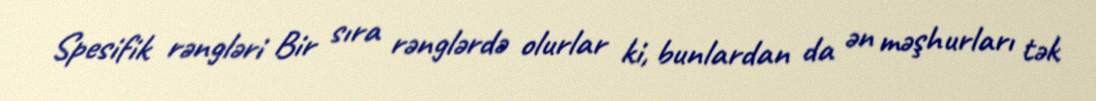
Spesifik rəngləri Bir sıra rənglərdə olurlar ki, bunlardan da ən məşhurları tək